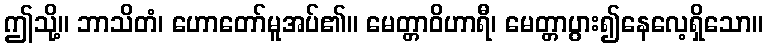
ဤသို့။ ဘာသိတံ၊ ဟောတော်မူအပ်၏။ မေတ္တာဝိဟာရီ၊ မေတ္တာပွား၍နေလေ့ရှိသော။